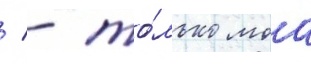
/ - то́лько моа